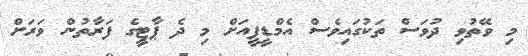
މި ވޭތުވި ދުވަސް ތަކުގައިވެސް އެމްޑީޕީއަށް މި ދެ ޕާޓީގެ ފަރާތުން ވަރަށް